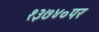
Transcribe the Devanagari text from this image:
१३७४०पर